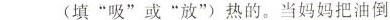
___(填”吸”或”放”)热的。当妈妈把油倒